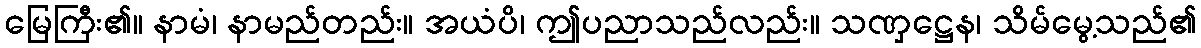
မြေကြီး၏။ နာမံ၊ နာမည်တည်း။ အယံပိ၊ ဤပညာသည်လည်း။ သဏှဋ္ဌေန၊ သိမ်မွေ့သည်၏